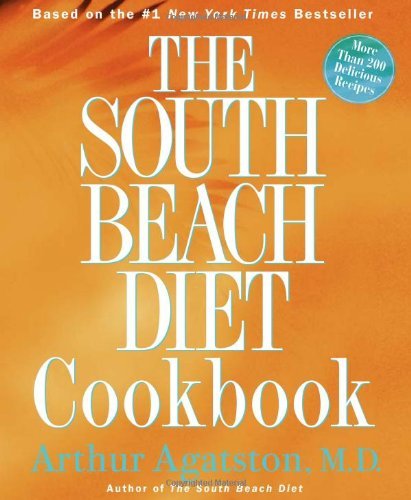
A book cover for The South Beach Diet Cookbook by Agatston, Arthur [Rodale Books,2004] (Hardcover); Health, Fitness & Dieting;